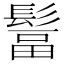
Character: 𩭺